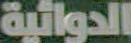
الدوائية